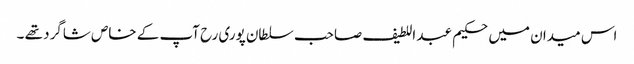
اس میدان میں حکیم عبد اللطیف صاحب سلطان پوری رح آپ کے خاص شاگرد تھے ۔